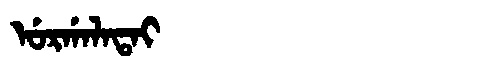
Manchu: ᡠᡵᡤᠠᠯᠠᡨᠠᡳ
Romanization: URGALATAI